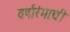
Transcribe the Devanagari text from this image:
वर्षारंभाची